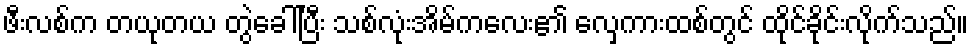
ဖီးလစ်က တယုတယ တွဲခေါ်ပြီး သစ်လုံးအိမ်ကလေး၏ လှေကားထစ်တွင် ထိုင်ခိုင်းလိုက်သည်။